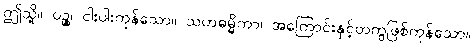
ဤသို့။ ပဉ္စ၊ ငါးပါးကုန်သော။ သဟဓမ္မိကာ၊ အကြောင်းနှင့်တကွဖြစ်ကုန်သော။